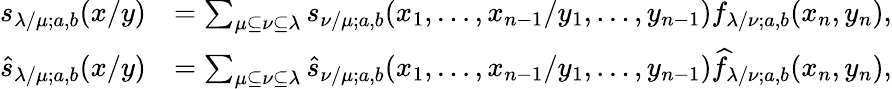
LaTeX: \begin{array}{rl}{s_{\lambda/\mu;a,b}(x/y)}&{=\sum_{\mu\subseteq\nu\subseteq\lambda}s_{\nu/\mu;a,b}(x_{1},\dots,x_{n-1}/y_{1},\dots,y_{n-1})f_{\lambda/\nu;a,b}(x_{n},y_{n}),}\\ {\widehat{s}_{\lambda/\mu;a,b}(x/y)}&{=\sum_{\mu\subseteq\nu\subseteq\lambda}\widehat{s}_{\nu/\mu;a,b}(x_{1},\dots,x_{n-1}/y_{1},\dots,y_{n-1})\widehat{f}_{\lambda/\nu;a,b}(x_{n},y_{n}),}\end{array}